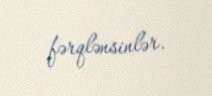
fərqlənsinlər.